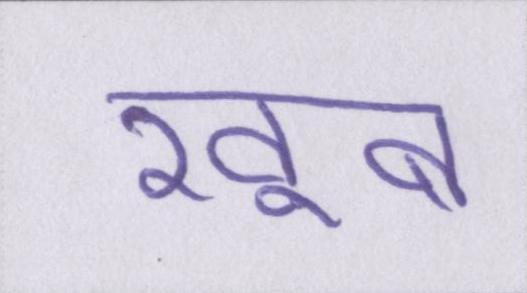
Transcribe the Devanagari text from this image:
खूब